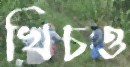
খিচও